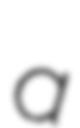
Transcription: a